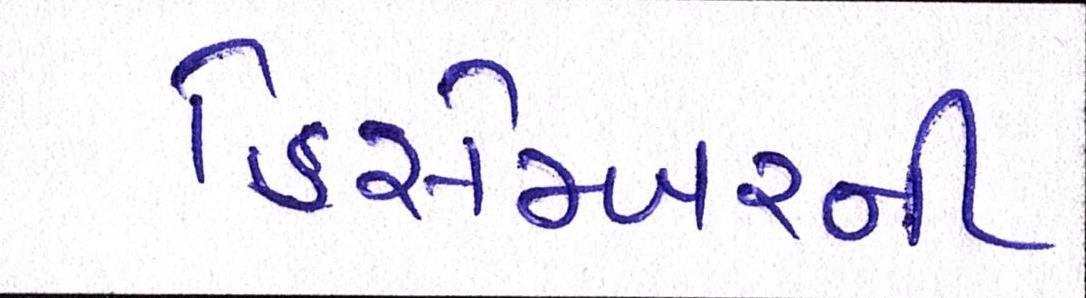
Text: ડિસેમ્બરની